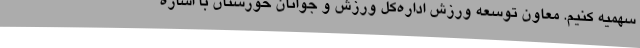
سهمیه کنیم. معاون توسعه ورزش اداره‌کل ورزش و جوانان خوزستان با اشاره